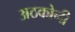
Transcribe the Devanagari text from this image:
अठकोनी